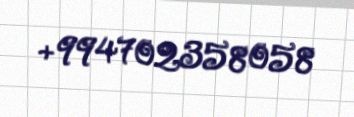
+994702358058